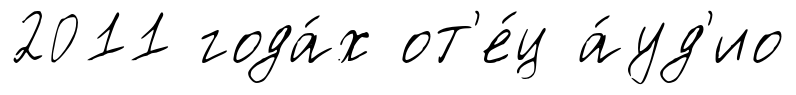
2011 года́х от'е́ц а́уд'ио